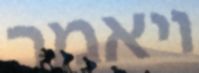
ויאמר